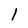
Character: 1